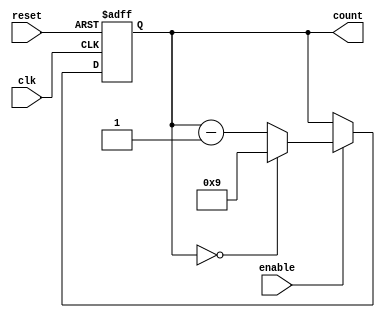
module BCD_Down_Counter(
    input wire clk,
    input wire reset,
    input wire enable,
    output reg [3:0] count
);

    always @(posedge clk or posedge reset) begin
        if (reset) begin
            count <= 4'b1001; // Initialize counter to 9 in BCD format
        end else if (enable) begin
            if (count == 4'b0000) begin
                count <= 4'b1001; // Reset to 9 if count reaches 0
            end else begin
                count <= count - 1; // Decrement count by 1 if not 0
            end
        end
    end

endmodule